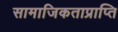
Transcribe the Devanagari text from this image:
सामाजिकताप्राप्ति